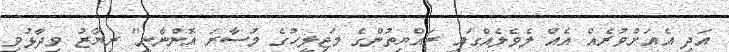
އަދި އެއަށްވުރެއް އެއް ލެވެލެއްގައި ރައްޔިތުންގެ މަޖިލީހުގެ މުސާރަ އޮންނާނީ" ރިޔާޒު ވިދާޅުވި